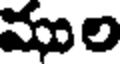
ముల